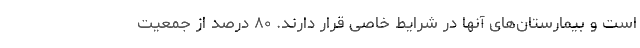
است و بیمارستان‌های آنها در شرایط خاصی قرار دارند. ۸۰ درصد از جمعیت